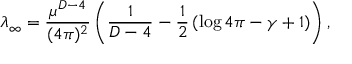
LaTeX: \lambda _ { \infty } = \frac { \mu ^ { D - 4 } } { ( 4 \pi ) ^ { 2 } } \left( \frac { 1 } { D - 4 } - \frac { 1 } { 2 } \left( \log 4 \pi - \gamma + 1 \right) \right) ,